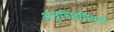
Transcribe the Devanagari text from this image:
अनुच्छित्तिधर्मा